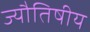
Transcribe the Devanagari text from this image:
ज्यौतिषीय